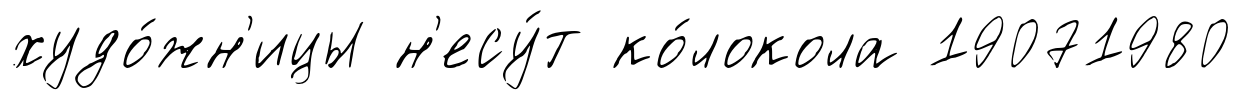
худо́жн'ицы н'есу́т ко́локола 19071980